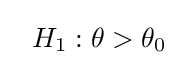
~~H_{1}:\theta >\theta _{0}~